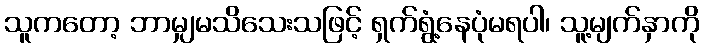
သူကတော့ ဘာမျှမသိသေးသဖြင့် ရှက်ရွံ့နေပုံမရပါ၊ သူ့မျက်နှာကို